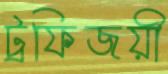
ট্রফিজয়ী